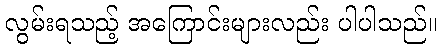
လွမ်းရသည့် အကြောင်းများလည်း ပါပါသည်။